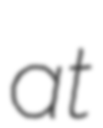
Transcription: at